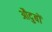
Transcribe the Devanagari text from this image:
औदुबों